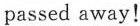
passed away!